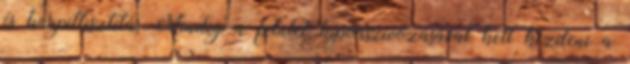
és kárpittisztítás Mindig a felület kiporszívózásával kell kezdeni a